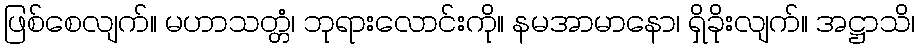
ဖြစ်စေလျက်။ မဟာသတ္တံ၊ ဘုရားလောင်းကို။ နမအာမာနော၊ ရှိခိုးလျက်။ အဋ္ဌာသိ၊